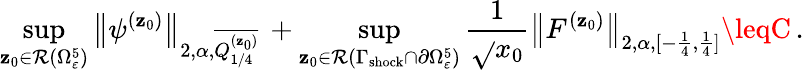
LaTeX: \operatorname*{sup}_{\mathbf{z}_{0}\in\mathcal{{R}}(\Omega_{\varepsilon}^{5})}\big\| \psi^{(\mathbf{z}_{0})}\big\| _{2,\alpha,\overline{{{Q_{1/4}^{(\mathbf{z}_{0})}}}}}\, +\operatorname*{sup}_{\mathbf{z}_{0}\in\mathcal{{R}}(\Gamma_{\mathrm{{shock}}}\cap\partial\Omega_{\varepsilon}^{5})}\frac{{1}}{{\sqrt{}{{x_{0}}}}}\big\| F^{(\mathbf{z}_{0})}\big\| _{2,\alpha,[-\frac{{1}}{{4}},\frac{{1}}{{4}}]}\leqC\, .